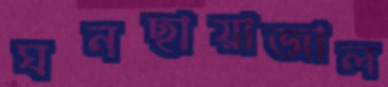
ঘনছায়াজাল